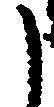
う